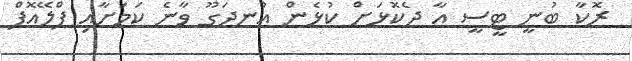
ރޮކާ ބުނީ ޓީސީ އާ ދެކޮޅަށް ކުޅެން އުނދަގޫ ވާނެ ކަމަށާއި ޕްލޭއޮފް